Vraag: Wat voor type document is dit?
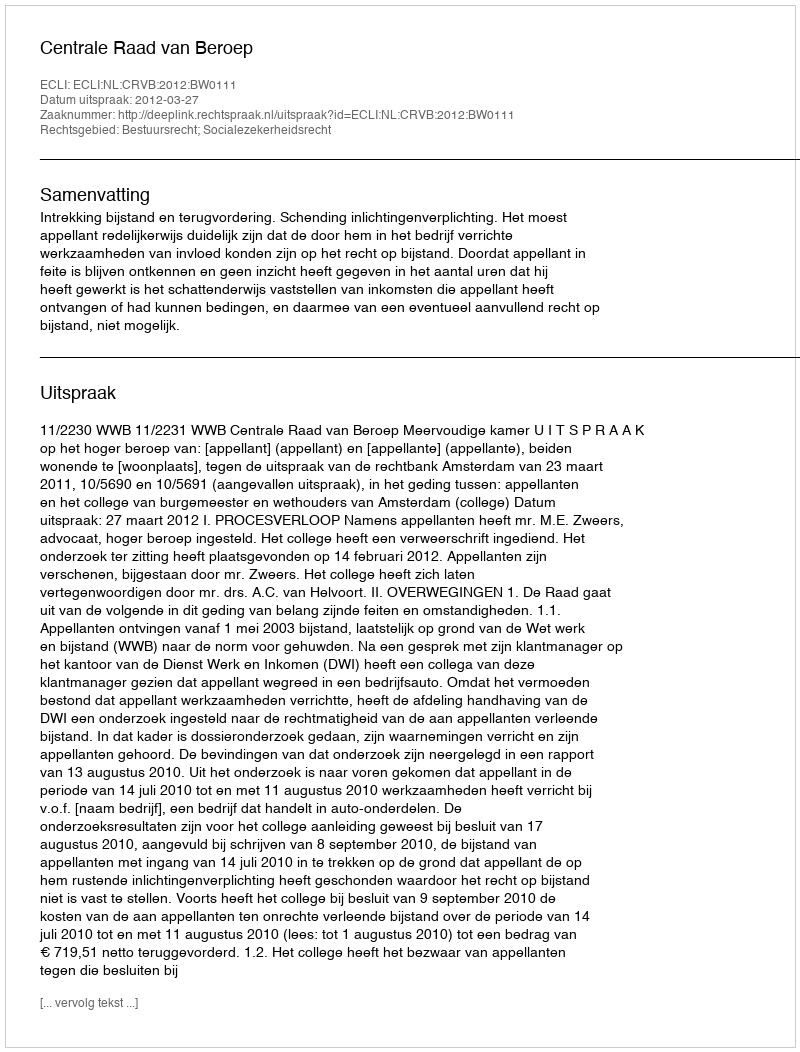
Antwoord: Uitspraak